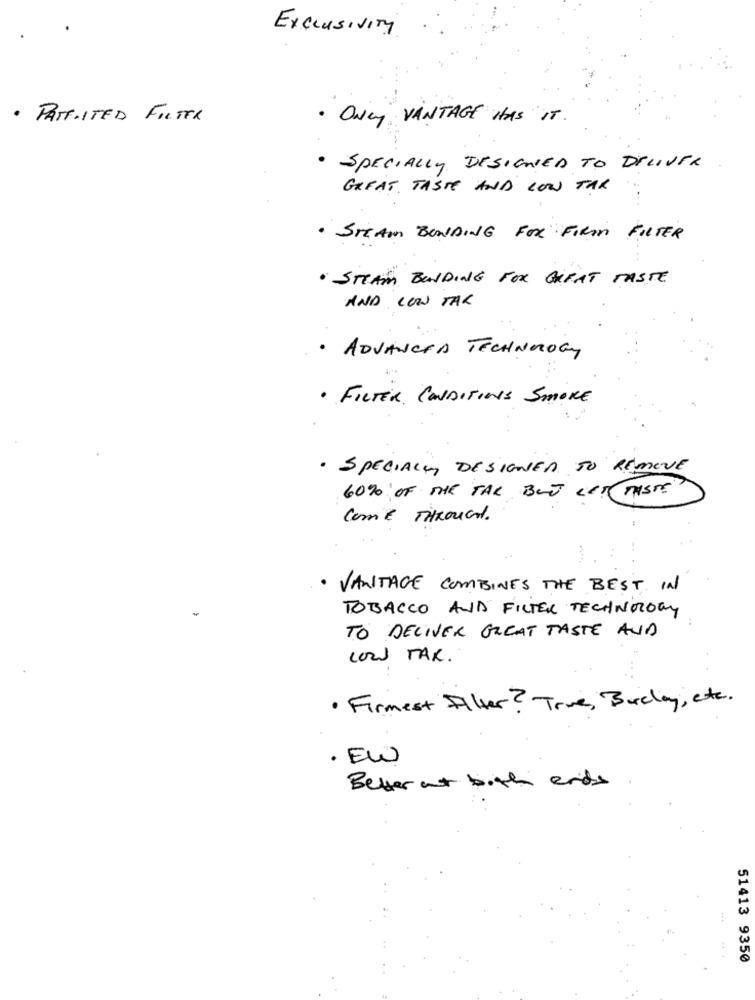
Exclusivity
· PATTIITED FILTER
. Only VANTAGE HAS IT
· SPECIALLY DESIGNED TO DELIVER
GREAT TASTE AND LOW TAX
. STEAM BONDING FOR FIRM FILTER
· STEAM BONDING FOR GREAT TASTE
AND LOW TAK
· ADVANCED TECHNOLOGY
. FILTER CONDITIONS SMOKE
· SPECIALLY DESIGNED TO REMOVE
60% OF THE TAL BUT LET TASTE
Come THROUGH.
VANTAGE COMBINES THE BEST IN
TOBACCO AND FILTER TECHNOLOGY
TO DELIVER GREAT TASTE AUD
LOW TAX.
. Firmest Alter ? True, Barclay, etc.
· EW
Better at both ends
51413 9350